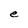
Character: e